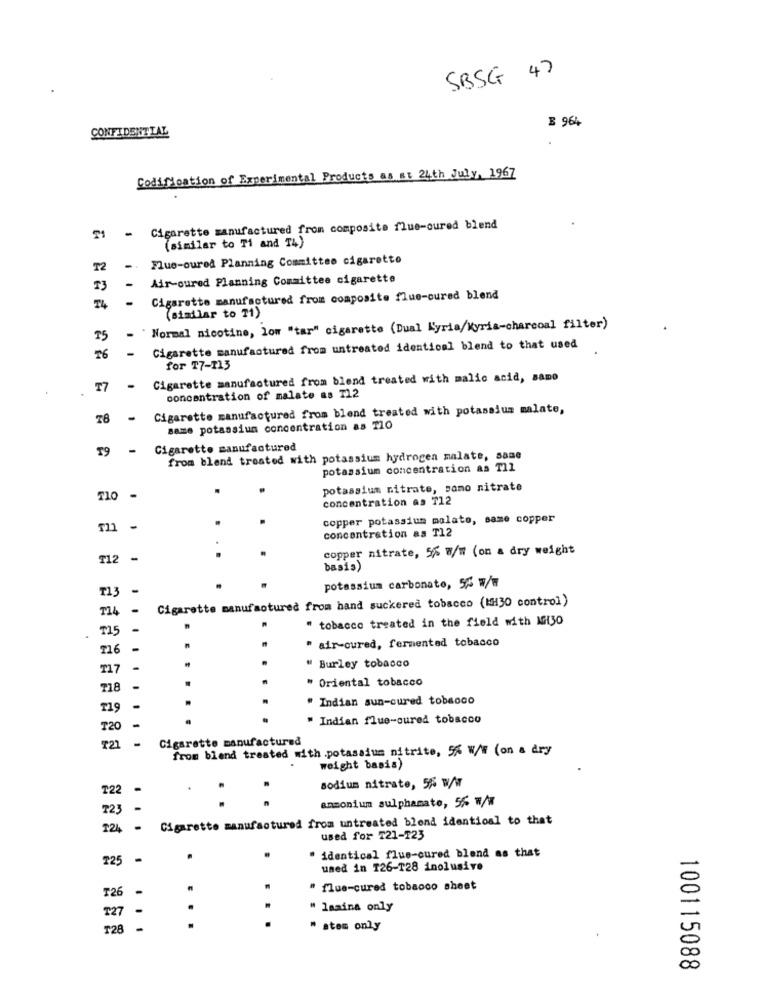
SBSG 47
E 964
CONFIDENTIAL
Codification of Experimental Products as at 24th July, 1967
Cigarette manufactured from composite flue-oured blend
(similar to Ti and T4)
Flue-oured Planning Committee cigaretto
72
-
Air-oured Planning Committee cigarette
73
-
-
Cigarette manufactured from composite flue-cured blend
14
(similar to T1)
- 'Normal nicotine, low "tar" cigarette (Dual Kyria/Kyria-charcoal filter)
-
Cigarette manufactured from untreated identical blend to that used
16
for T7-113
Cigarette manufactured from blend treated with malic acid, samo
17
concentration of malate as T12
Cigarette manufactured from blend treated with potassium malate,
78
saze potassium concentration as TIO
T9
-
Cigarette manufactured
from blend treated with potassium hydrogen malate, same
potassium concentration as Til
potassium nitrate, somo nitrate
710 -
concentration as T12
copper potassium malato, same copper
-
concentration as T12
copper nitrate, 5% w/w (on a dry weight
T12 -
basis)
potassium carbonato, 5% w/w
Cigarette manufactured from hand suckered tobacco (MH30 control)
114
-
" tobacco treated in the field with Ml30
" air-cured, fermented tobacco
T17
" Burley tobacco
" Oriental tobacco
718
-
" Indian sun-cured tobacco
T19
" Indian flue-oured tobacco
720
Cigarette manufactured
721
-
from blend treated with .potassium nitrite, 5% W/W (on a dry
weight basis)
₸22
sodium nitrate, 5%% W/w
ammonium sulphamate, 56 w/W
723
Cigarette manufactured from untreated blend identical to that
T24 -
used for T21-123
225
-
.
identical flue-cured blend as that
umed in 126-128 inolusive
-
" flue-cured tobacco sheet
T26
-
" laaina only
T27
T28
-
. . .
.
" atem only
100115088